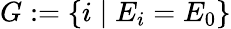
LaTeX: G:=\{ i\mid E_{i}=E_{0}\}